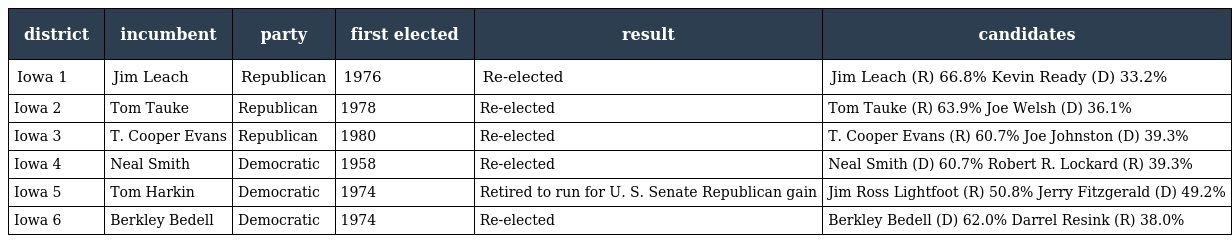
| district | incumbent | party | first elected | result | candidates |
 | --- | --- | --- | --- | --- | --- |
 | Iowa 1 | Jim Leach | Republican | 1976 | Re-elected | Jim Leach (R) 66.8% Kevin Ready (D) 33.2% |
 | Iowa 2 | Tom Tauke | Republican | 1978 | Re-elected | Tom Tauke (R) 63.9% Joe Welsh (D) 36.1% |
 | Iowa 3 | T. Cooper Evans | Republican | 1980 | Re-elected | T. Cooper Evans (R) 60.7% Joe Johnston (D) 39.3% |
 | Iowa 4 | Neal Smith | Democratic | 1958 | Re-elected | Neal Smith (D) 60.7% Robert R. Lockard (R) 39.3% |
 | Iowa 5 | Tom Harkin | Democratic | 1974 | Retired to run for U. S. Senate Republican gain | Jim Ross Lightfoot (R) 50.8% Jerry Fitzgerald (D) 49.2% |
 | Iowa 6 | Berkley Bedell | Democratic | 1974 | Re-elected | Berkley Bedell (D) 62.0% Darrel Resink (R) 38.0% |